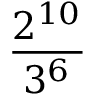
\frac { 2 ^ { 1 0 } } { 3 ^ { 6 } }